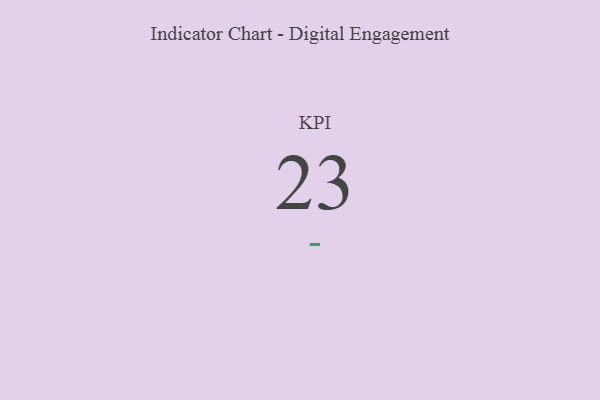
{"axis": {"x": "KPI", "y": "Value"}, "legend": [""], "data": [{"x": "KPI", "y": 23, "type": ""}]}